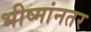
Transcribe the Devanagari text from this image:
भीष्मांनतर